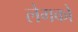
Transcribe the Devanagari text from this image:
लेगको